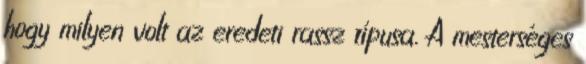
hogy milyen volt az eredeti rassz típusa. A mesterséges